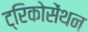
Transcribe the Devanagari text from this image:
ट्रिकोसेंथन